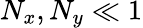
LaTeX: N_{x},N_{y}\ll 1